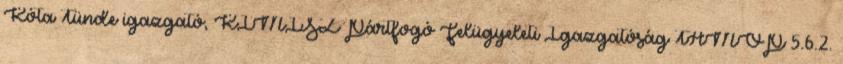
Kóta Tünde igazgató, KIMISZ Pártfogó Felügyeleti Igazgatóság TÁMOP 5.6.2.